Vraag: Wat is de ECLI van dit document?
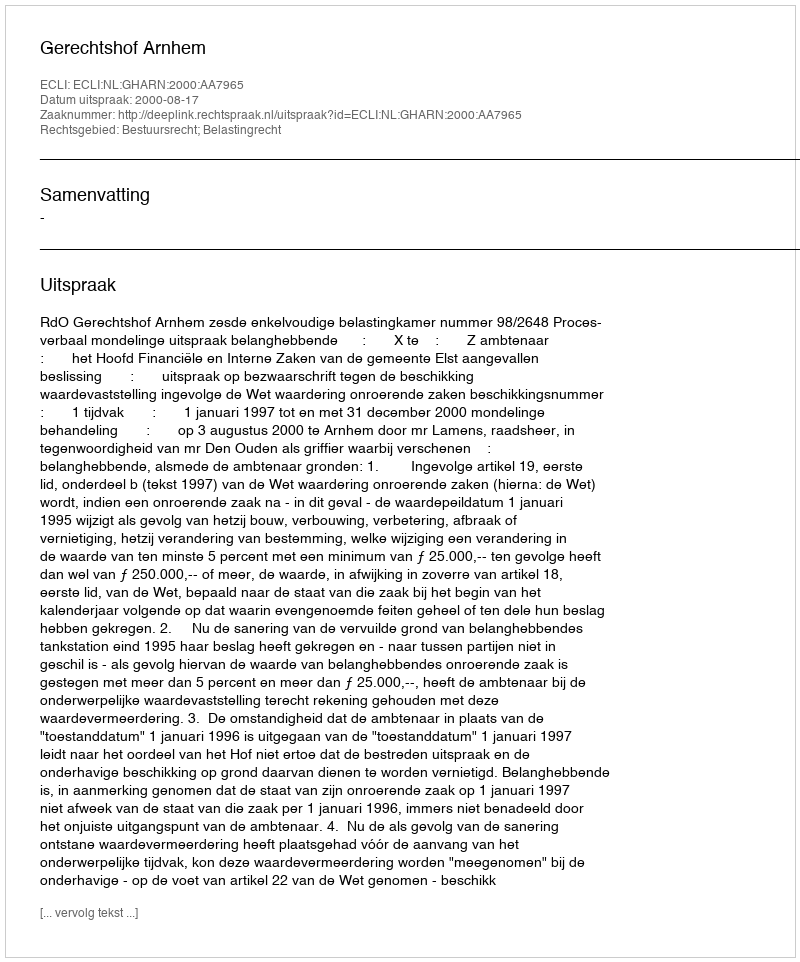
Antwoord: ECLI:NL:GHARN:2000:AA7965